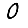
Digit: 0